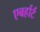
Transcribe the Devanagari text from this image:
एबर्हार्ट